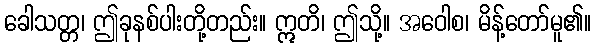
ခေါသတ္တ၊ ဤခုနစ်ပါးတို့တည်း။ ဣတိ၊ ဤသို့။ အဝေါစ၊ မိန့်တော်မူ၏။